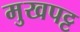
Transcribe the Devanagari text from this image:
मुखपट्ट